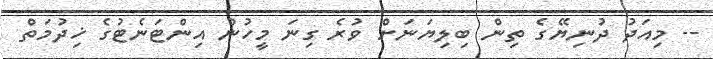
-- މިއަދު ދުނިޔޭގެ ތިން ބިލިޔަނަށް ވުރެ ގިނަ މީހުން އިންޓަނެޓުގެ ޚިދުމަތް